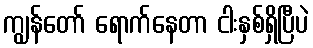
ကျွန်တော် ရောက်နေတာ ငါးနှစ်ရှိပြီပဲ